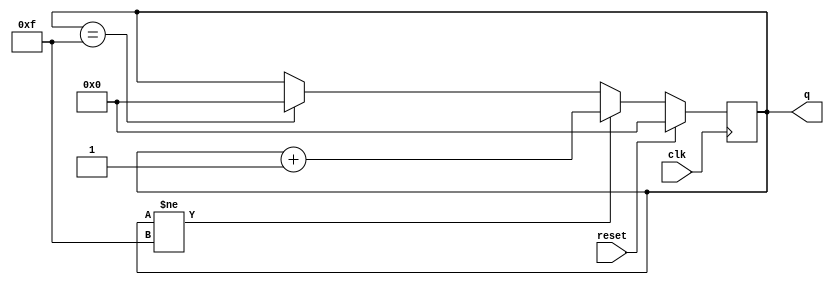
module top_module (
    input clk,
    input reset,      // Synchronous active-high reset
    output [3:0] q);
    always @(posedge clk) begin
        if(reset)
            q<=0;
    	else
            if(q!=15)
              q<=q+1;
        else if(q==15)
            q<=0;
    end
endmodule